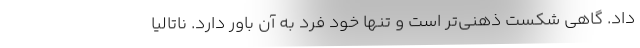
داد. گاهی شکستْ ذهنی‌تر است و تنها خودِ فرد به آن باور دارد. ناتالیا